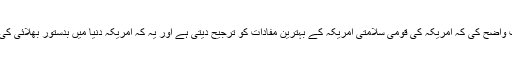
صدر نے یہ بات واضح کی کہ امریکہ کی قومی سلامتی امریکہ کے بہترین مفادات کو ترجیح دیتی ہے اور یہ کہ امریکہ دنیا میں بدستور بھلائی کی ایک طاقت ہے۔